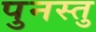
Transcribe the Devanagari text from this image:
पुनस्तु